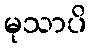
မုသာပိ